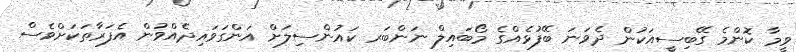
ވީމާ ކޮންމެ ގޭބިސީއަކުން ދެވަނަ ބޭފުޅެއްގެ މޯބައިލް ނަންބަރ ކައުންސިލަށް އަންގަވައިދެއްވުން އެފަރާތަކަށްވެސް